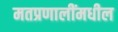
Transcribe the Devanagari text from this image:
मतप्रणालींमधील